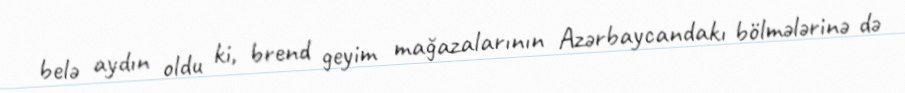
belə aydın oldu ki, brend geyim mağazalarının Azərbaycandakı bölmələrinə də